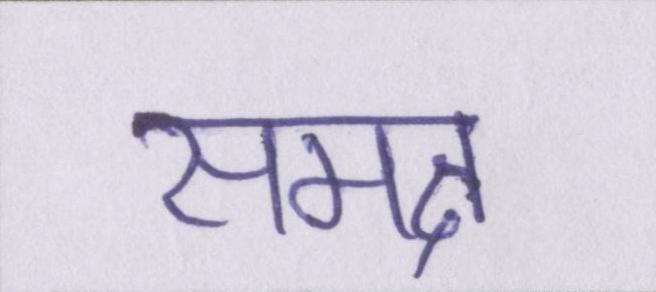
समक्ष